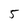
Character: 5